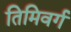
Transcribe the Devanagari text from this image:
तिमिवर्ग